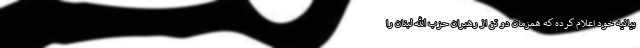
بیانیه خود اعلام کرده که همزمان دو تن از رهبران حزب الله لبنان را